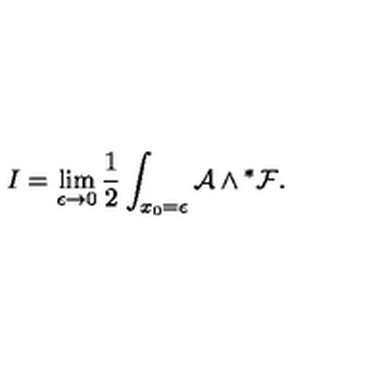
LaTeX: I = \lim _ { \epsilon \to 0 } { \frac { 1 } { 2 } } \int _ { x _ { 0 } = \epsilon } { \cal A } \wedge { } ^ { * } { \cal F } .